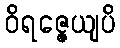
ဝိရဇ္ဇေယျပိ